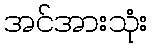
အင်အားသုံး